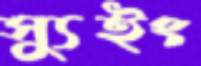
স্যুইং